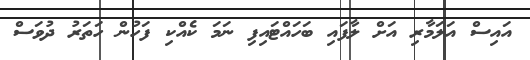
އައިސް އަލަމާރި އަށް ލާފައި ބަހައްޓައިފި ނަމަ ކެއްކި ފަހުން ހަތަރު ދުވަސް